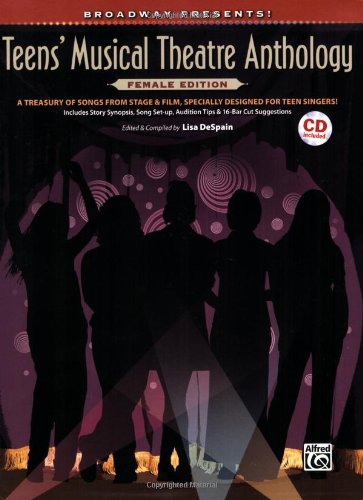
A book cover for Broadway Presents] Teens' Musical Theatre Anthology Female Edition CD Included PVG; Teen & Young Adult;